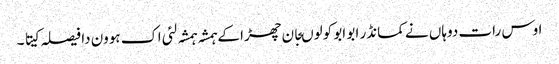
اوس رات دوہاں نے کمانڈر ابو ابو کولوںجان چھڑا کے ہمشہ ہمشہ لئی اک ہوون دا فیصلہ کیتا ۔